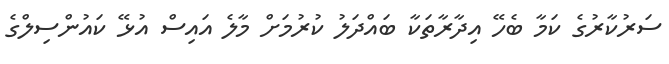
ސަރުކާރުގެ ކަމާ ބެހޭ އިދާރާތަކާ ބައްދަލު ކުރުމަށް މާލެ އައިސް އުޅޭ ކައުންސިލްގެ